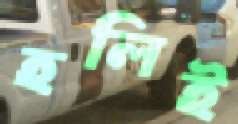
হলিই